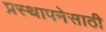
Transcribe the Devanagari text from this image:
प्रस्थापनेसाठी